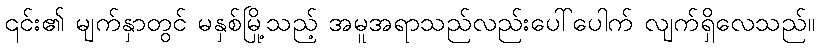
၎င်း၏ မျက်နှာတွင် မနှစ်မြို့သည့် အမူအရာသည်လည်းပေါ်ပေါက် လျက်ရှိလေသည်။